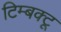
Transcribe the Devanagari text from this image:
टिम्बक्टू